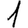
Digit: 1